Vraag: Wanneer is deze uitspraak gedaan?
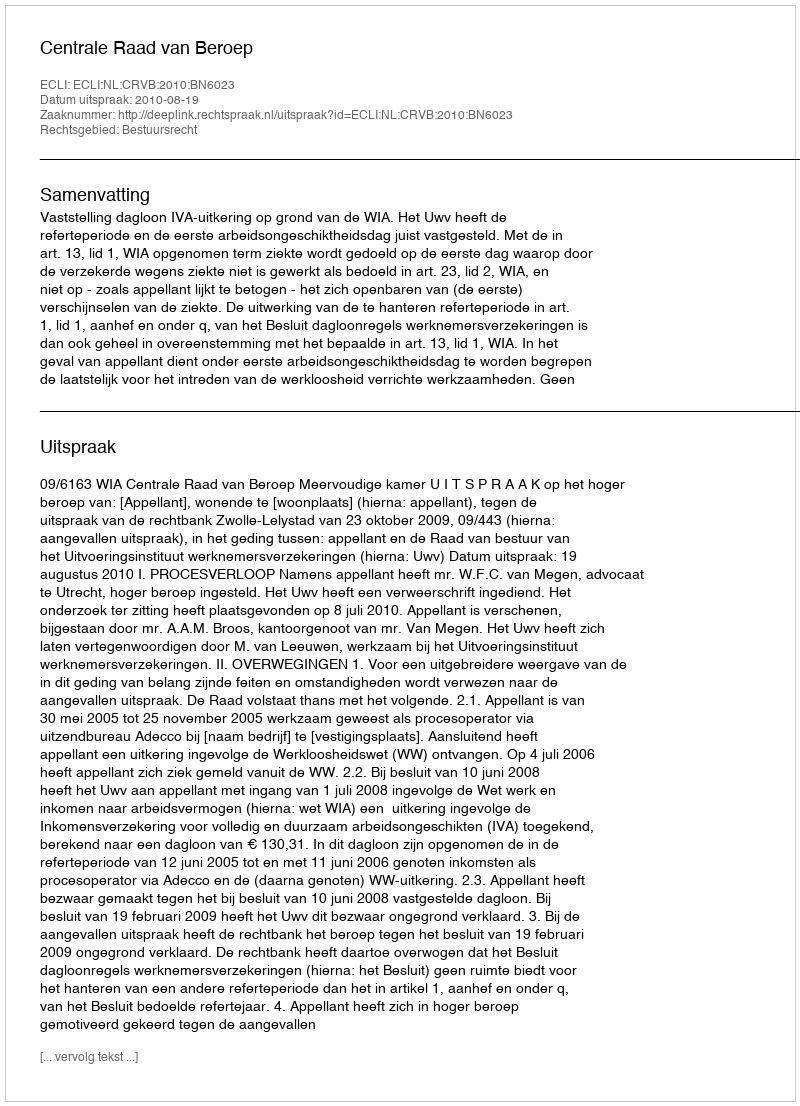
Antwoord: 2010-08-19